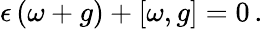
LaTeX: \epsilon\, (\omega+g)+[\omega,g]=0\, .